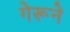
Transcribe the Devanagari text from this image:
गेरूने